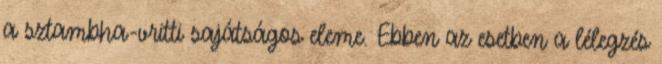
a sztambha-vritti sajátságos eleme. Ebben az esetben a lélegzés